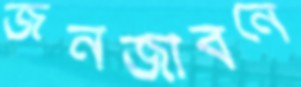
জনজীবনে